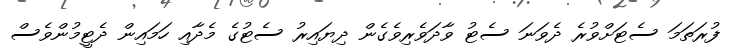
ފުރަތަމަ ސެޓަށްވުރެ ދެވަނަ ސެޓު ވާދަވެރިވެގެން ދިޔައިރު ސެޓުގެ މެދާއި ހަމައިން ދެޓީމުންވެސް